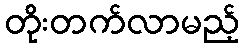
တိုးတက်လာမည့်